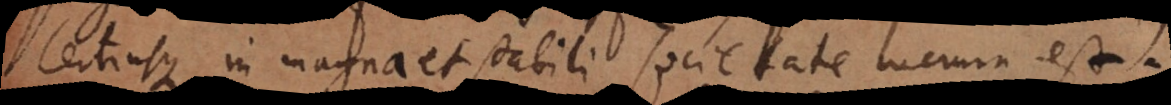
certiusque in magna et stabili societate lucrum est.